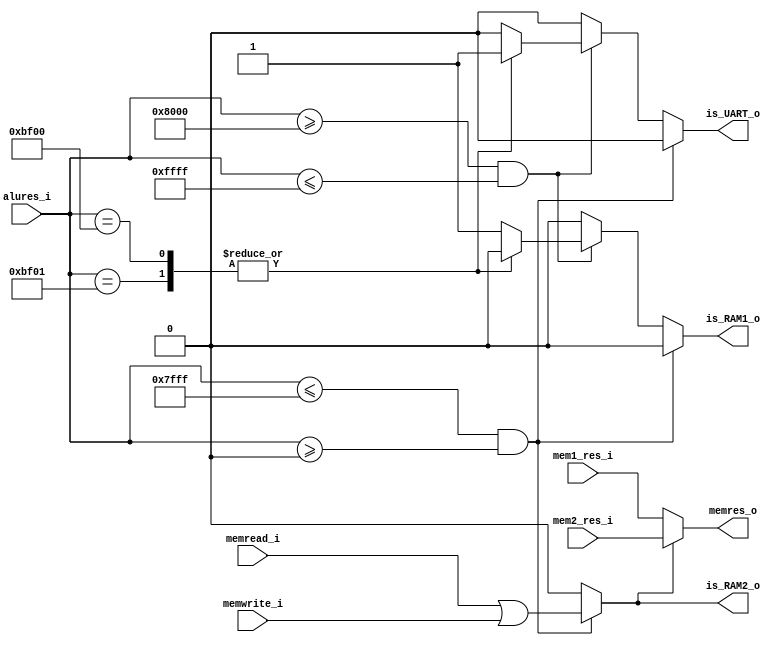
`timescale 1ns / 1ps
//////////////////////////////////////////////////////////////////////////////////
// Company:
// Engineer:
//
// Design Name:
// Module Name:    mem
// Project Name:
// Target Devices:
// Tool versions:
// Description:
//
// Dependencies:
//
// Revision:
// Revision 0.01 - File Created
// Additional Comments:
//
//////////////////////////////////////////////////////////////////////////////////
module mem(
		input [15:0] alures_i,

		input [15:0] mem1_res_i,
		input [15:0] mem2_res_i,
		input memread_i,
		input memwrite_i,

		output is_RAM1_o,
		output is_UART_o,
		output is_RAM2_o,
		output [15:0] memres_o
    );

	reg [1:0] res_from;  //00 - s_port 01 - ram1   10 - ram2
	reg is_RAM1 = 1'b0;
	reg is_UART = 1'b0;
	reg is_RAM2 = 1'b0;

	assign memres_o = is_RAM2 ? mem2_res_i : mem1_res_i;
	assign is_RAM1_o = is_RAM1;
	assign is_UART_o = is_UART;
	assign is_RAM2_o = is_RAM2;

	always @(*) begin
		if(alures_i <= 16'h7Fff & alures_i >= 16'h0000)begin			//ram2
			is_RAM1 <= 1'b0;
			is_UART <= 1'b0;
			is_RAM2 <= (memread_i | memwrite_i);
			res_from <=2'b10;
		end
		else if(alures_i >= 16'h8000 & alures_i <= 16'hffff)begin  	//ram1
			is_RAM2 <= 1'b0;
			case(alures_i)
				16'hbf01:begin
					is_RAM1 <= 1'b0;
					is_UART <= 1'b1;
					res_from <=2'b00;
					//uart_result [15:0] <= {14'b00000000000000,data_ready_in,(tbre_in & tsre_in)};
				end
				16'hbf00:begin
					is_RAM1 <= 1'b0;
					is_UART <= 1'b1;
					res_from <=2'b00;
				end
				default:begin
					is_RAM1 <= 1'b1;
					is_UART <= 1'b0;
					res_from <= 2'b01;
				end
			endcase
		end
		else begin
			is_RAM2 <= 1'b0;
			is_RAM1 <= 1'b0;
			is_UART <= 1'b0;
		end


		/*if(alures_i<=16'hbeff)begin			//ram2
			res_from <= 2'b10;
			is_uart <= 1'b0;
			Ram1EN_o <= 1'b1;
			rdn_o <= 1'b1;
			wrd_o <= 1'b1;
			case({memread_i,memwrite_i})
				2'b01:begin							//write
					Ram2EN_o <= 1'b0;
					read_o <= 1'b1;
				end
				2'b10:begin							//read
					Ram2EN_o <= 1'b0;
					read_o <= 1'b0;
				end
				default:begin
					Ram2EN_o <= 1'b1;
					read_o <= 1'b0;

				end
			endcase
		end
		else if(alures_i>=16'hbf02)begin  	//ram1
			res_from <= 2'b01;
			is_uart <= 1'b0;
			Ram2EN_o <= 1'b1;
			rdn_o <= 1'b1;
			wrd_o <= 1'b1;
			case({memread_i,memwrite_i})
				2'b01:begin							//write
					Ram1EN_o <= 1'b0;
					read_o <= 1'b1;
				end
				2'b10:begin							//read
					Ram1EN_o <= 1'b0;
					read_o <= 1'b0;
				end
				default:begin
					Ram1EN_o <= 1'b1;
					read_o <= 1'b0;

				end
			endcase
		end

		else begin  //s_port
			res_from <= 2'b00;
			Ram1EN_o <= 1'b1;
			Ram2EN_o <= 1'b1;
			case(alures_i)
				16'hbf01:begin
					uart_result [15:0] <= {14'b00000000000000,data_ready_in,(tbre_in & tsre_in)};
				end
				16'hbf00:begin
					case({memread_i,memwrite_i})
						2'b01:begin							//write
							is_uart <= 1'b1;
							read_o <= 1'b1;
							rdn_o <= 1'b1;
						end
						2'b10:begin							//read
							is_uart <= 1'b1;
							read_o <= 1'b0;
							wrd_o <= 1'b1;
						end
					endcase
				end

				default:begin
					is_uart <= 1'b0;
					read_o <= 1'b0;
					rdn_o <= 1'b1;
					wrd_o <= 1'b1;
				end
			endcase

		end*/
	end

endmodule